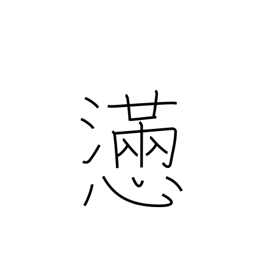
Meaning: agony